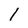
Character: l